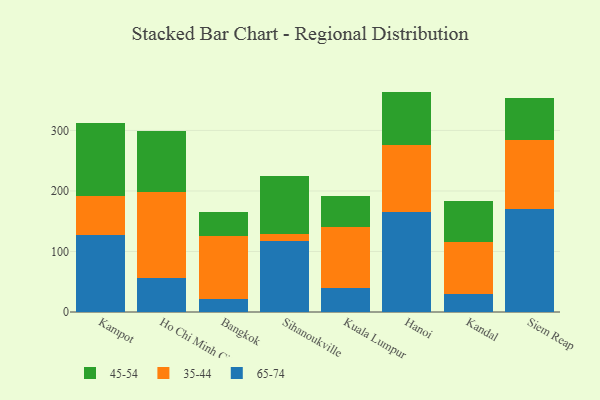
{"axis": {"x": "City", "y": "Churn Rate (%)"}, "legend": ["35-44", "45-54", "65-74"], "data": [{"x": "Kampot", "y": 127.5, "type": "65-74"}, {"x": "Kampot", "y": 63.4, "type": "35-44"}, {"x": "Kampot", "y": 121.0, "type": "45-54"}, {"x": "Ho Chi Minh City", "y": 56.7, "type": "65-74"}, {"x": "Ho Chi Minh City", "y": 141.2, "type": "35-44"}, {"x": "Ho Chi Minh City", "y": 101.8, "type": "45-54"}, {"x": "Bangkok", "y": 21.0, "type": "65-74"}, {"x": "Bangkok", "y": 104.8, "type": "35-44"}, {"x": "Bangkok", "y": 39.7, "type": "45-54"}, {"x": "Sihanoukville", "y": 117.8, "type": "65-74"}, {"x": "Sihanoukville", "y": 11.9, "type": "35-44"}, {"x": "Sihanoukville", "y": 94.4, "type": "45-54"}, {"x": "Kuala Lumpur", "y": 39.4, "type": "65-74"}, {"x": "Kuala Lumpur", "y": 101.2, "type": "35-44"}, {"x": "Kuala Lumpur", "y": 51.9, "type": "45-54"}, {"x": "Hanoi", "y": 164.9, "type": "65-74"}, {"x": "Hanoi", "y": 110.4, "type": "35-44"}, {"x": "Hanoi", "y": 88.9, "type": "45-54"}, {"x": "Kandal", "y": 29.4, "type": "65-74"}, {"x": "Kandal", "y": 86.1, "type": "35-44"}, {"x": "Kandal", "y": 67.8, "type": "45-54"}, {"x": "Siem Reap", "y": 171.0, "type": "65-74"}, {"x": "Siem Reap", "y": 114.0, "type": "35-44"}, {"x": "Siem Reap", "y": 68.3, "type": "45-54"}]}